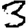
Digit: 3